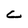
Character: C